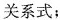
关系式；